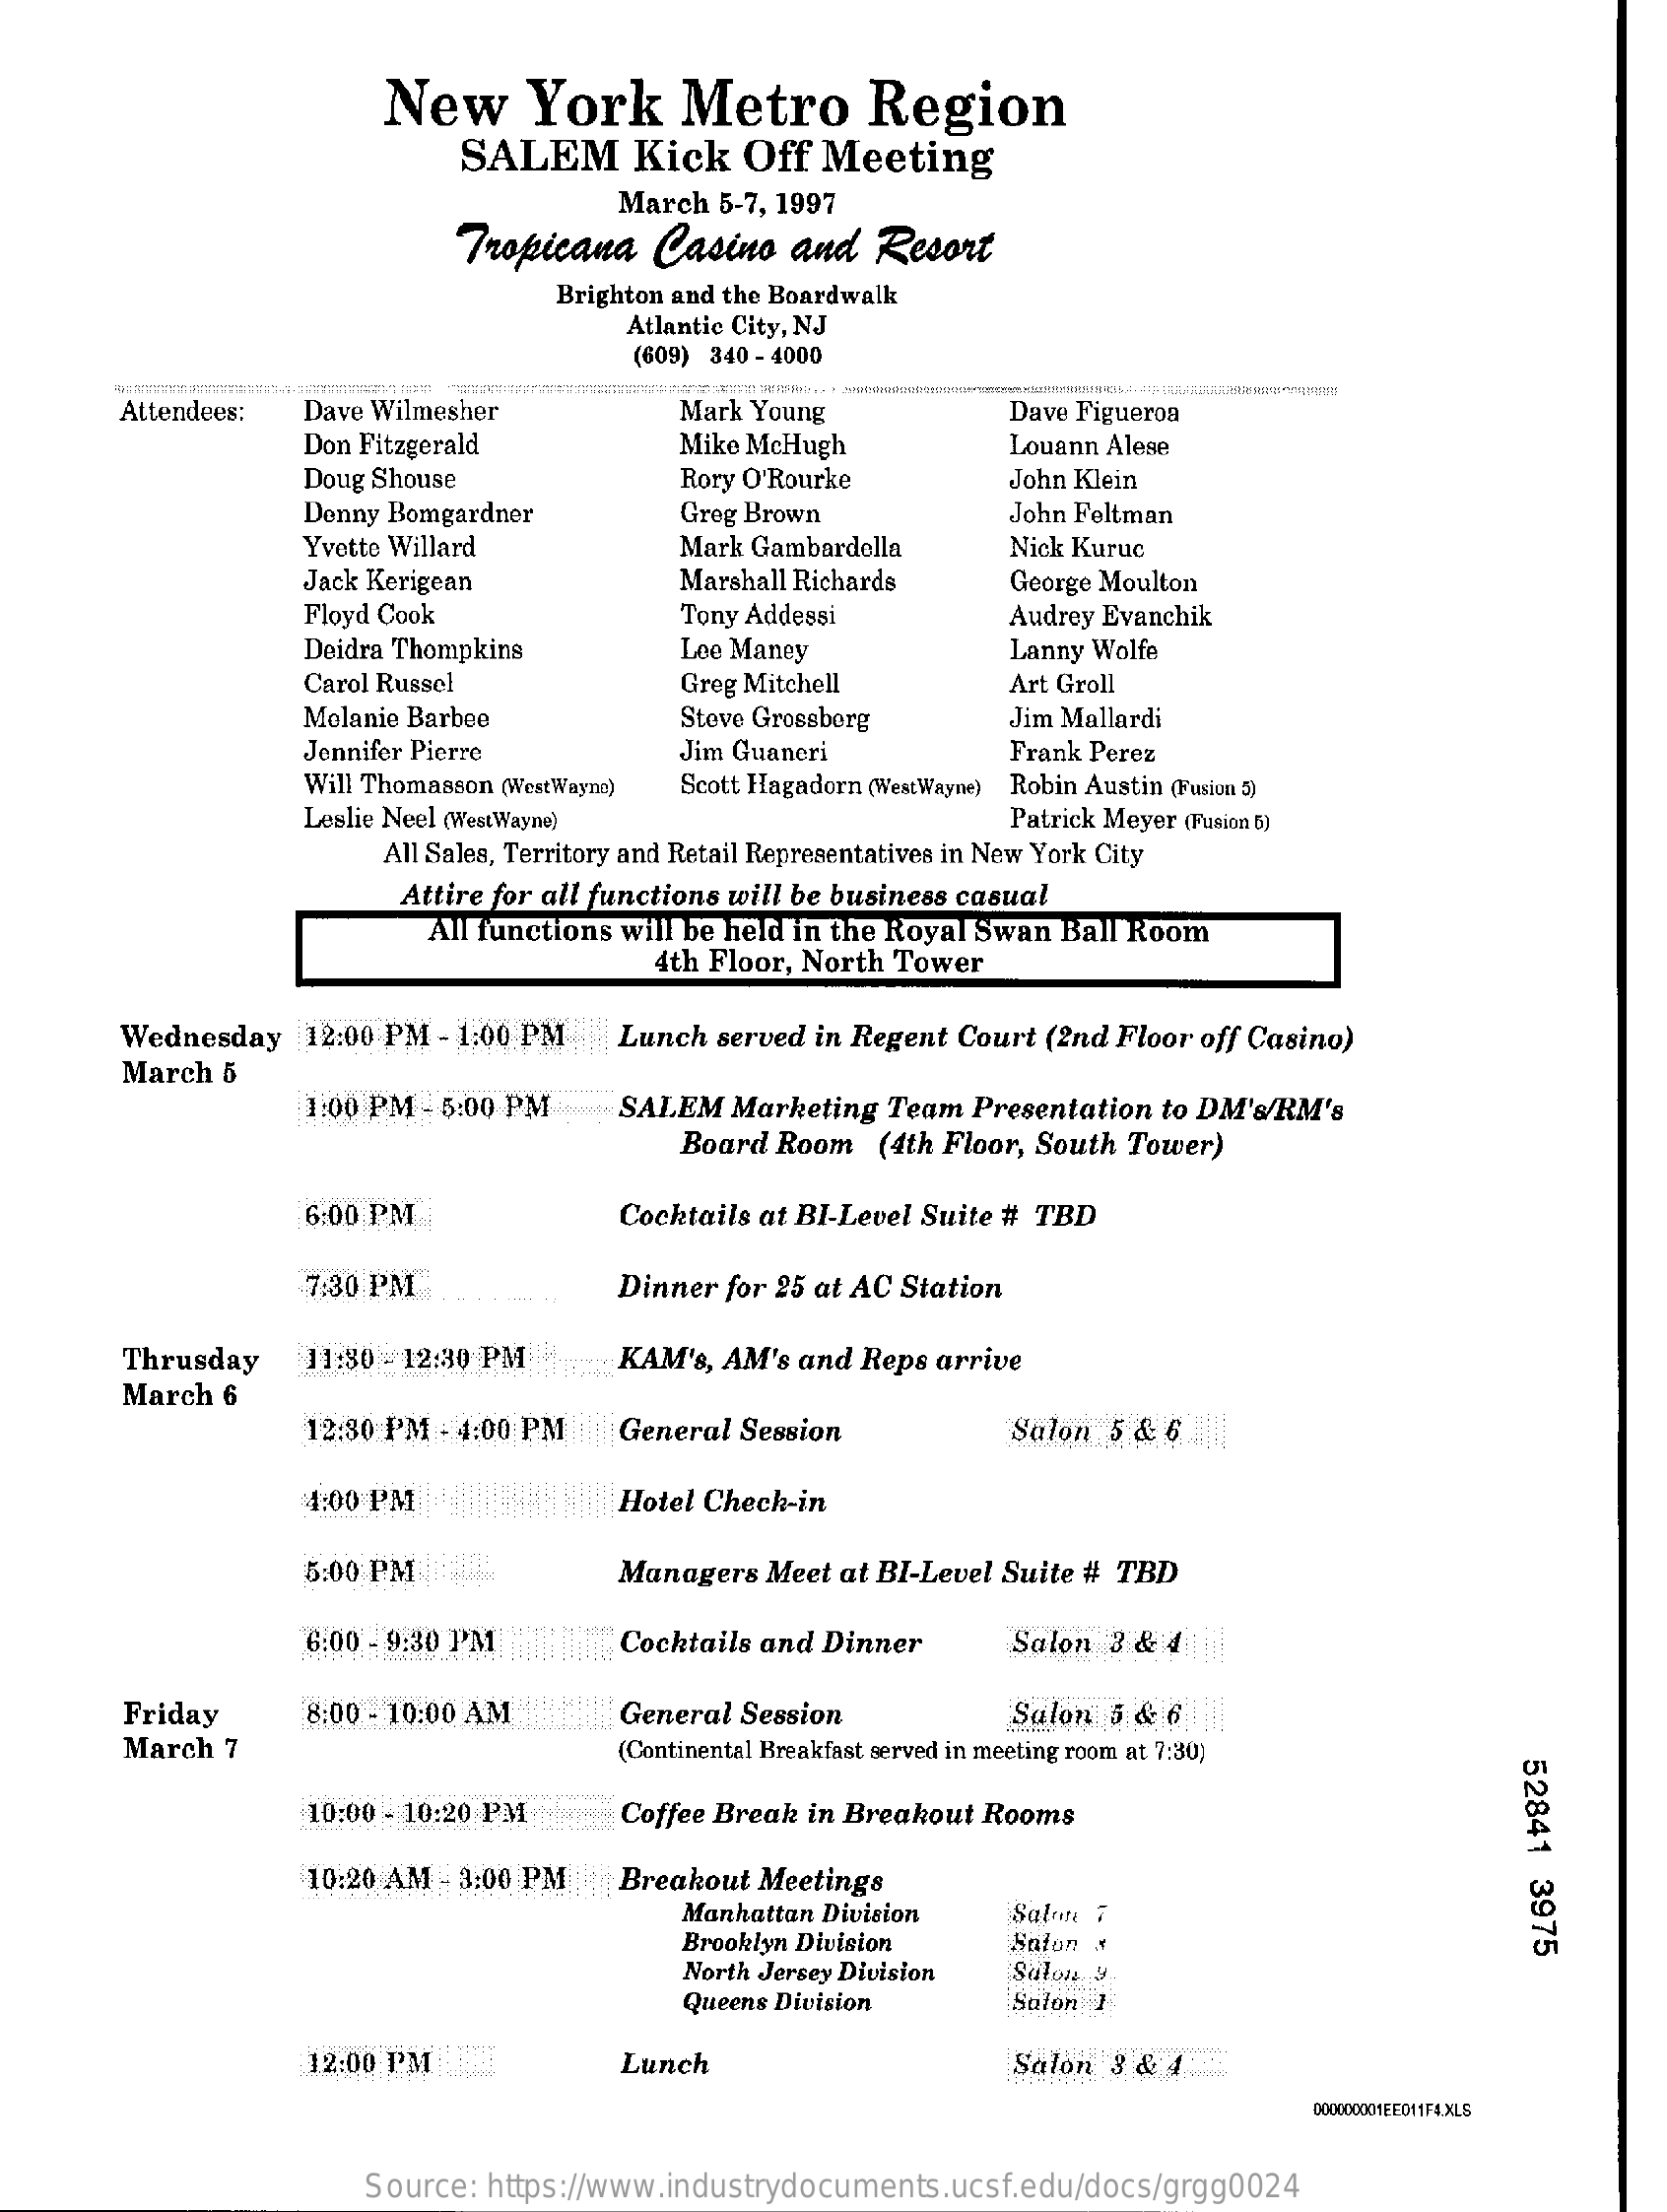
New    York    Metro    Region
     SALEM    Kick    Off  Meeting
     March  5-7, 1997
     Tropicana    Casino    and   Resort
     Brighton and the Boardwalk
     Atlantic City, NJ
     (609) 340 - 4000
     Attendees:   Dave Wilmesher    Mark Young    Dave Figueroa
     Don Fitzgerald    Mike McHugh    Louann Alese
     Doug Shouse    Rory O'Rourke    John Klein
     Denny Bomgardner    Greg Brown    John Feltman
     Yvette Willard    Mark Gambardella    Nick Kuruc
     Jack Kerigean    Marshall Richards
     Floyd Cook    Tony Addessi
     George Moulton
     Deidra Thompkins    Lee Maney
     Audrey Evanchik
     Lanny Wolfe
     Carol Russel    Greg Mitchell    Art Groll
     Melanie Barbee    Steve Grossberg    Jim Mallardi
     Jennifer Pierre    Jim Guaneri    Frank Perez
     Will Thomasson (WestWayne) Scott Hagadorn (WestWayne) Robin Austin (Fusion 5)
     Leslie Neel (WestWayne)    Patrick Meyer (Fusion 5)
     All Sales, Territory and Retail Representatives in New York City
     Attire for all functions will be business casual
     All functions will be held in the Royal Swan Ball Room
     4th Floor, North Tower
     Wednesday    12:00 PM - 1:00 PM    Lunch  served in Regent Court (2nd Floor off Casino)
     March  5
     1:00 PM - 5:00 PM ...... SALEM Marketing Team  Presentation  to DM's/RM's
     Board Room   (4th Floor, South Tower)
     6:00 PM    Cocktails at BI-Level Suite # TBD
     7:30 PM    Dinner for 25 at AC Station
     Thrusday    11:30 -12:30 PM    KAM's, AM's  and Reps arrive
     March  6
     12:30 PM - 4:00 PM    General  Session    Salon  5 & 6 11
     4:00 PM    Hotel Check-in
     5:00 PM  :P    Managers  Meet at BI-Level Suite # TBD
     6:00 -9:30 PM    Cocktails and Dinner    Salon  3 & 4
     Friday    8:00 - 10:00 AM    General  Session    Salon  5 & 6
     March  7    (Continental Breakfast served in meeting room at 7:30)
     52841
     3975
     10:00 - 10:20 PM    Coffee Break in Breakout  Rooms
     10:20 AM - 3:00 PM    Breakout  Meetings
     Manhattan Division
     Brooklyn Division
     Salon 7
     Salon ៛
     North Jersey Division  Salon 9
     Queens Division    Salon 1
     12:00 PM    Lunch    Salon  3 & 4-
     000000001FED11F4.XLS
     Source:  https://www.industrydocuments.ucsf.edu/docs/grgg0024